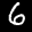
Label: 6